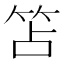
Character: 笘